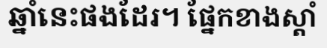
ឆ្នាំនេះផងដែរ។ ផ្នែកខាងស្តាំ